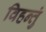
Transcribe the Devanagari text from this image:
विहन्तुं